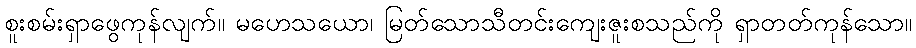
စူးစမ်းရှာဖွေကုန်လျက်။ မဟေသယော၊ မြတ်သောသီတင်းကျေးဇူးစသည်ကို ရှာတတ်ကုန်သော။